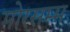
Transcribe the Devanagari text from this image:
मोरसम्म